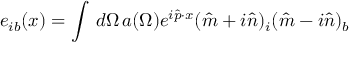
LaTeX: e _ { i b } ( x ) = \int \, d \Omega \, a ( \Omega ) e ^ { i { \hat { p } } \cdot x } ( { \hat { m } } + i { \hat { n } } ) _ { i } ( { \hat { m } } - i { \hat { n } } ) _ { b }